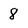
Character: 8